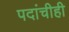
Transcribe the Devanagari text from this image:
पदांचीही